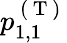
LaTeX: p_{1,1}^{\mathrm{~(~T~)~}}